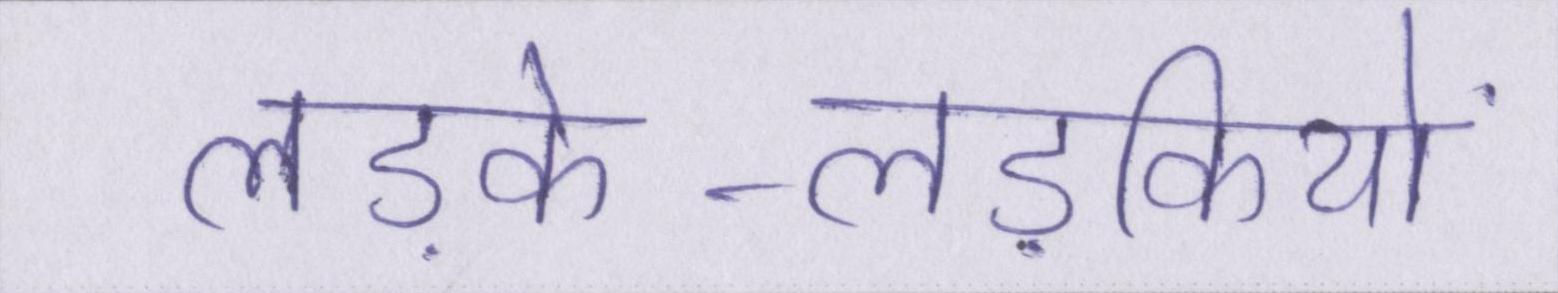
लड़के-लड़कियों